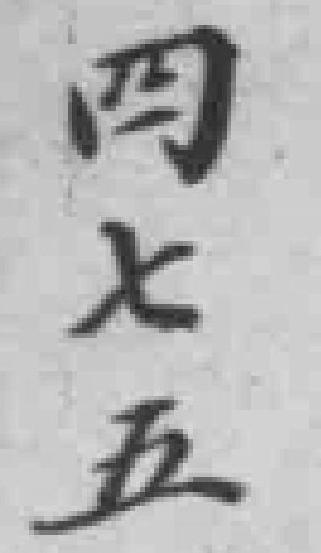
四七五